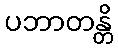
ပဘာတန္တိ